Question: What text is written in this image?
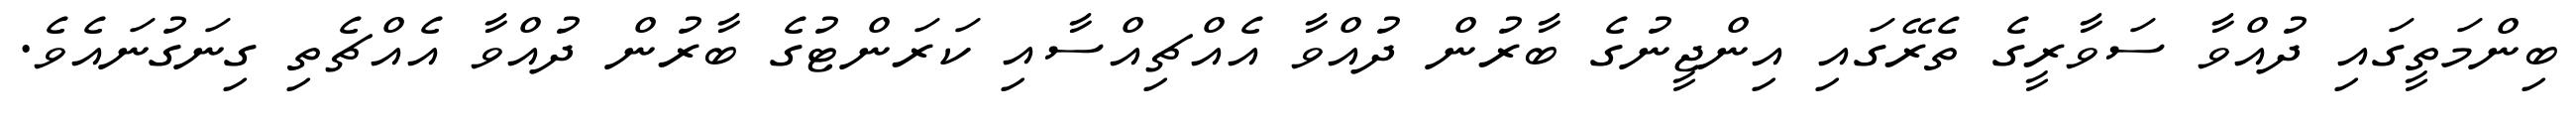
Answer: ބިންމަތީގައި ދުއްވާ ސަވާރީގެ ތެރޭގައި އިންޖީނުގެ ބާރުން ދުއްވާ އެއްޗިއްސާއި ކަރަންޓުގެ ބާރުން ދުއްވާ އެއްޗެތި ގިނަގުނައެވެ.